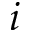
i